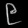
Digit: ၉